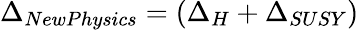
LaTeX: \Delta_{NewPhysics}=(\Delta_{H}+\Delta_{SUSY})